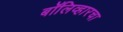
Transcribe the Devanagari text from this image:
बॉलिव्हारचा